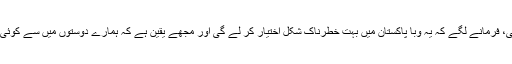
اس دوران وبا پر گفتگو شروع ہوئی، فرمانے لگے کہ یہ وبا پاکستان میں بہت خطرناک شکل اختیار کر لے گی اور مجھے یقین ہے کہ ہمارے دوستوں میں سے کوئی نہ کوئی اِس وبا میں مر جائے گا۔